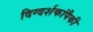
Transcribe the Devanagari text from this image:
दिग्दर्शकांपैकी